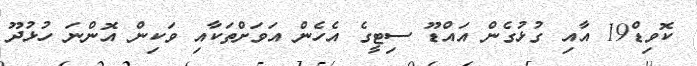
ކޮވިޑް19 އާއި ގުޅުގެން އައްޑޫ ސިޓީގެ އެހެން އަވަށްތަކާއި ވަކިން އޮންނަ ހުޅުދޫ